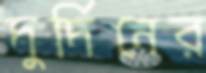
দুর্দিনের